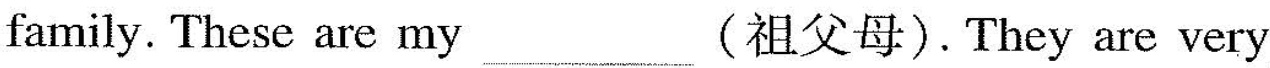
family. These are my ___ (祖父母).They are very